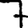
Digit: 7